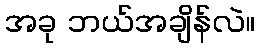
အခု ဘယ်အချိန်လဲ။